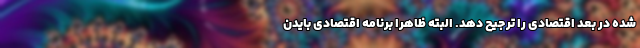
شده در بعد اقتصادی را ترجیح دهد. البته ظاهرا برنامه اقتصادی بایدن